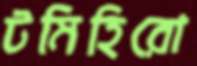
টমিহিরো